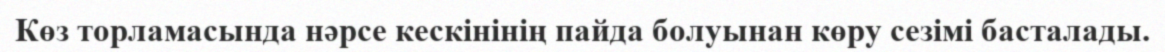
Көз торламасында нәрсе кескінінің пайда болуынан көру сезімі басталады.